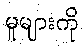
မူများကို